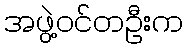
အဖွဲ့ဝင်တဦးက